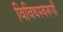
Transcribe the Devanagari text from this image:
विविधस्वरूपी